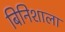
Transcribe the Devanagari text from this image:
बिनिशाला